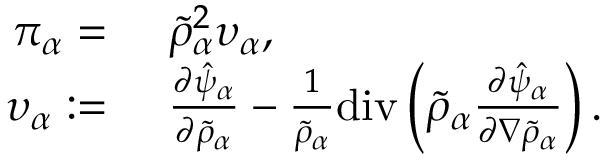
\begin{array} { r l } { \pi _ { \alpha } = } & { { } ~ \tilde { \rho } _ { \alpha } ^ { 2 } \upsilon _ { \alpha } , } \\ { \upsilon _ { \alpha } : = } & { { } ~ \frac { \partial \hat { \psi } _ { \alpha } } { \partial \tilde { \rho } _ { \alpha } } - \frac { 1 } { \tilde { \rho } _ { \alpha } } \mathrm { d i v } \left( \tilde { \rho } _ { \alpha } \frac { \partial \hat { \psi } _ { \alpha } } { \partial \nabla \tilde { \rho } _ { \alpha } } \right) . } \end{array}